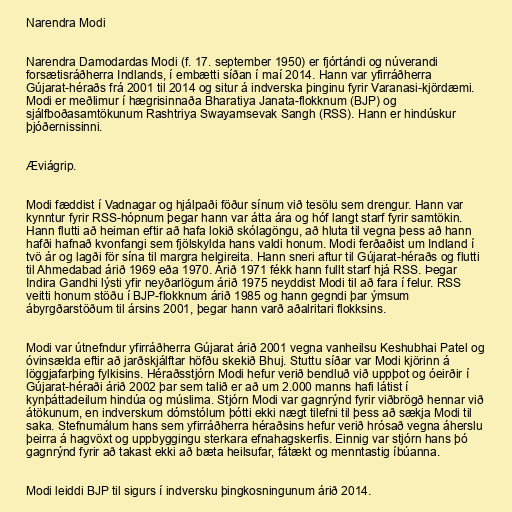
Narendra Modi

Narendra Damodardas Modi (f. 17. september 1950) er fjórtándi og núverandi
forsætisráðherra Indlands, í embætti síðan í maí 2014. Hann var yfirráðherra
Gújarat-héraðs frá 2001 til 2014 og situr á indverska þinginu fyrir Varanasi-kjördæmi.
Modi er meðlimur í hægrisinnaða Bharatiya Janata-flokknum (BJP) og
sjálfboðasamtökunum Rashtriya Swayamsevak Sangh (RSS). Hann er hindúskur
þjóðernissinni.

Æviágrip.

Modi fæddist í Vadnagar og hjálpaði föður sínum við tesölu sem drengur. Hann var
kynntur fyrir RSS-hópnum þegar hann var átta ára og hóf langt starf fyrir samtökin.
Hann flutti að heiman eftir að hafa lokið skólagöngu, að hluta til vegna þess að hann
hafði hafnað kvonfangi sem fjölskylda hans valdi honum. Modi ferðaðist um Indland í
tvö ár og lagði för sína til margra helgireita. Hann sneri aftur til Gújarat-héraðs og flutti
til Ahmedabad árið 1969 eða 1970. Árið 1971 fékk hann fullt starf hjá RSS. Þegar
Indira Gandhi lýsti yfir neyðarlögum árið 1975 neyddist Modi til að fara í felur. RSS
veitti honum stöðu í BJP-flokknum árið 1985 og hann gegndi þar ýmsum
ábyrgðarstöðum til ársins 2001, þegar hann varð aðalritari flokksins.

Modi var útnefndur yfirráðherra Gújarat árið 2001 vegna vanheilsu Keshubhai Patel og
óvinsælda eftir að jarðskjálftar höfðu skekið Bhuj. Stuttu síðar var Modi kjörinn á
löggjafarþing fylkisins. Héraðsstjórn Modi hefur verið bendluð við uppþot og óeirðir í
Gújarat-héraði árið 2002 þar sem talið er að um 2.000 manns hafi látist í
kynþáttadeilum hindúa og múslima. Stjórn Modi var gagnrýnd fyrir viðbrögð hennar við
átökunum, en indverskum dómstólum þótti ekki nægt tilefni til þess að sækja Modi til
saka. Stefnumálum hans sem yfirráðherra héraðsins hefur verið hrósað vegna áherslu
þeirra á hagvöxt og uppbyggingu sterkara efnahagskerfis. Einnig var stjórn hans þó
gagnrýnd fyrir að takast ekki að bæta heilsufar, fátækt og menntastig íbúanna.

Modi leiddi BJP til sigurs í indversku þingkosningunum árið 2014.